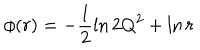
\phi ( r ) = - \frac { 1 } { 2 } \ln 2 Q ^ { 2 } + \ln r